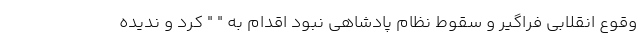
وقوع انقلابی فراگیر و سقوط نظام پادشاهی نبود اقدام به " " کرد و ندیده